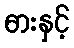
ဓားနှင့်